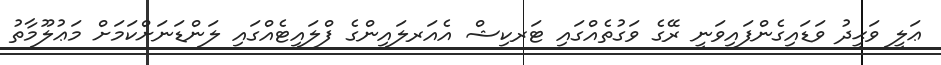
ޢަލީ ވަޙީދު ވަޑައިގެންފައިވަނީ ރޭގެ ވަގުތެއްގައި ޓަރކިޝް އެއަރލައިންގެ ފްލައިޓެއްގައި ލަންޑަނަށްކަމަށް މަޢުލޫމާތު